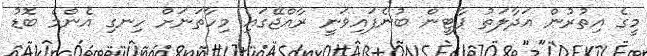
މީގެ އިތުރުން އަދާލަތު ޕާޓީން ބުނެފައިވަނީ ރާއްޖޭގައި މިހާތަނަށް ހިނގި އެންމެ ބޮޑު